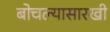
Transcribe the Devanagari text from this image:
बोचल्यासारखी